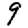
Digit: 9